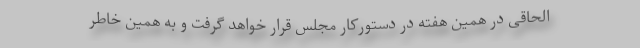
الحاقی در همین هفته در دستورکار مجلس قرار خواهد گرفت و به همین خاطر